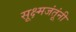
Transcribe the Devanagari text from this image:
सूक्ष्मजंतूंनी